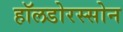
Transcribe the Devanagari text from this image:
हॉलडोरस्सोन